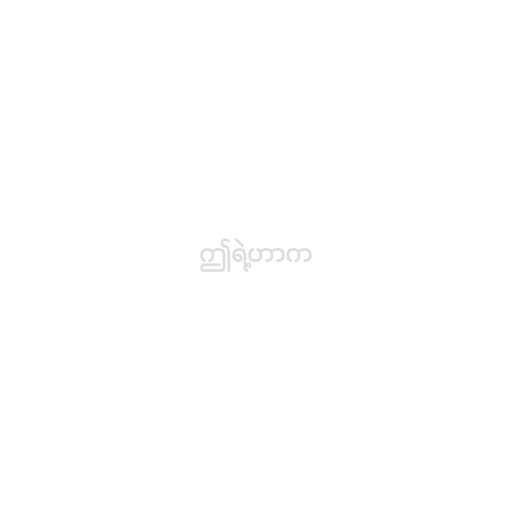
ဤရဲ့ဟာက